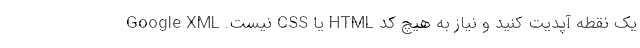
یک نقطه آپدیت کنید و نیاز به هیچ کد HTML یا CSS نیست. Google XML